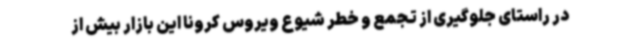
در راستای جلوگیری از تجمع و خطر شیوع ویروس کرونا این بازار بیش از